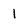
Character: 1